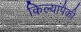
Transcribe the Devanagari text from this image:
किल्यांपैकी